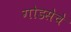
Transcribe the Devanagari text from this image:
गोडसेचे